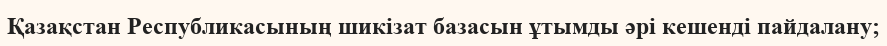
Қазақстан Республикасының шикізат базасын ұтымды әрі кешенді пайдалану;